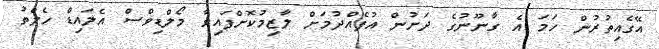
އޭގެއިތުރުން ހަމަ އެ ގާނޫނުގެ ދަށުން އުފެއްދުމަށް ލާޒިމުކޮށްފައިވާ މޯލްޑިވްސް އެލައިޑް ހެލްތު